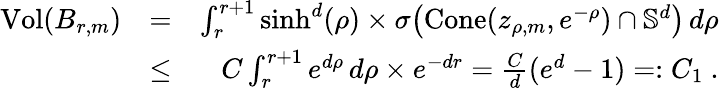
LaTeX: \begin{array}{rlr}{\mathrm{Vol}(B_{r,m})}&{=}&{\int_{r}^{r+1}\sinh^{d}(\rho)\times\sigma\big(\mathrm{Cone}(z_{\rho,m},e^{-\rho})\cap\mathbb{S}^{d}\big)\, d\rho}\\ &{\leq}&{{C}\int_{r}^{r+1}e^{d\rho}\, d\rho\times e^{-dr}=\frac{{C}}{d}(e^{d}-1)=:C_{1}~.}\end{array}